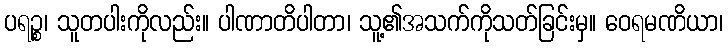
ပရဉ္စ၊ သူတပါးကိုလည်း။ ပါဏာတိပါတာ၊ သူ့၏အသက်ကိုသတ်ခြင်းမှ။ ဝေရမဏိယာ၊